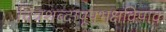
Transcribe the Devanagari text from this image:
चित्रशब्दापूपभक्षविपाक